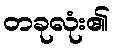
တခုလုံး၏